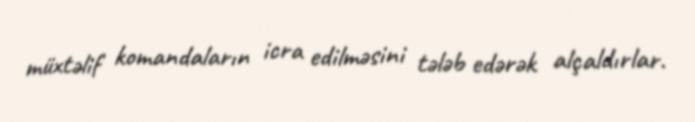
müxtəlif komandaların icra edilməsini tələb edərək alçaldırlar.